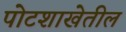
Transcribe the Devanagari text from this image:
पोटशाखेतील